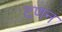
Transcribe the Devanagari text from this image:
टणन